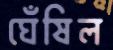
ঘেঁষিল